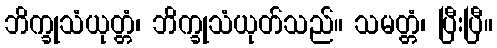
ဘိက္ခုသံယုတ္တံ၊ ဘိက္ခုသံယုတ်သည်။ သမတ္တံ၊ ပြီးပြီ။